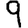
Digit: 9